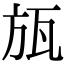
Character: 瓬